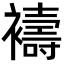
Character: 𮖻